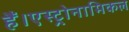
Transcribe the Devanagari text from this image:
हैं।एस्ट्रोनामिकल